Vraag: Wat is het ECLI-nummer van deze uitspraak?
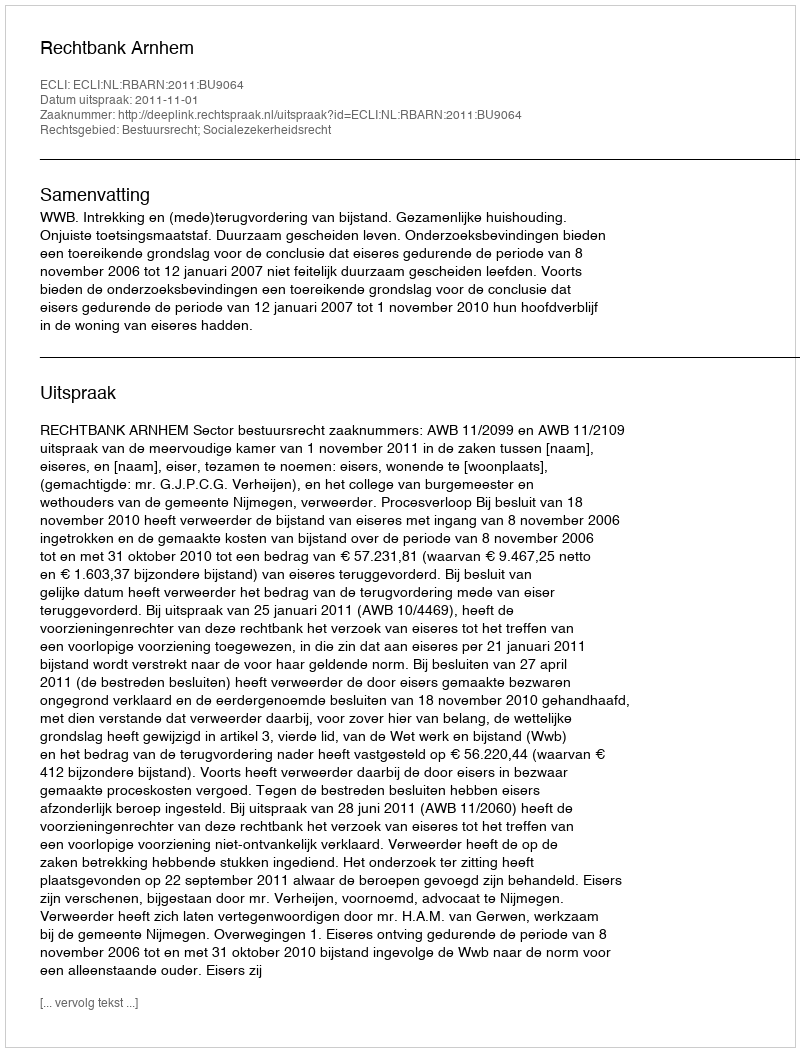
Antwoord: ECLI:NL:RBARN:2011:BU9064